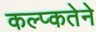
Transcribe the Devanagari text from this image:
कल्प्कतेने